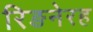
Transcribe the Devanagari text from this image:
रिङनेरह